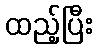
ထည့်ပြီး